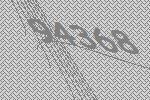
94368